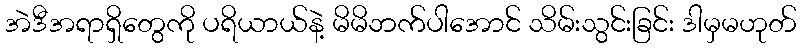
အဲဒီအရာရှိတွေကို ပရိယာယ်နဲ့ မိမိဘက်ပါအောင် သိမ်းသွင်းခြင်း ဒါမှမဟုတ်